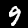
Digit: 9